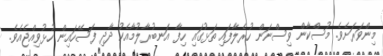
މިންވަރަށެވެ. މުސްކާން ވިސްނަން ހުރެލާފައި ތަޅުގައި ހިފާ އަނބުރާލުމާއެކު ދާދި ފަސޭހައިން ހުޅުވިއްޖެއެވެ.